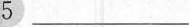
5 ___